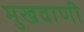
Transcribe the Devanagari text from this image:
मुखवाणी